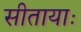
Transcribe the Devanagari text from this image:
सीतायाः